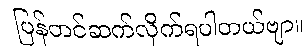
ပြန်တင်ဆက်လိုက်ရပါတယ်ဗျာ။